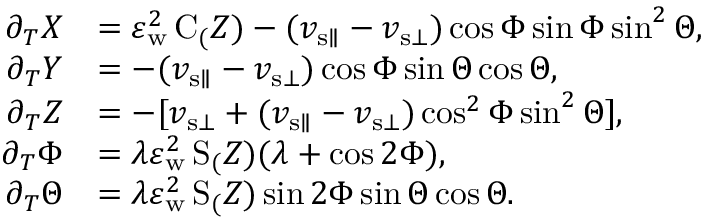
\begin{array} { r l } { \partial _ { T } X } & { = \varepsilon _ { \mathrm { w } } ^ { 2 } \, \mathrm { C } _ ( Z ) - ( v _ { { \mathrm { s } } \parallel } - v _ { { \mathrm { s } } \bot } ) \cos \Phi \sin \Phi \sin ^ { 2 } \Theta , } \\ { \partial _ { T } Y } & { = - ( v _ { { \mathrm { s } } \parallel } - v _ { { \mathrm { s } } \bot } ) \cos \Phi \sin \Theta \cos \Theta , } \\ { \partial _ { T } Z } & { = - [ v _ { { \mathrm { s } } \bot } + ( v _ { { \mathrm { s } } \parallel } - v _ { { \mathrm { s } } \bot } ) \cos ^ { 2 } \Phi \sin ^ { 2 } \Theta ] , } \\ { \partial _ { T } \Phi } & { = \lambda \varepsilon _ { \mathrm { w } } ^ { 2 } \, \mathrm { S } _ ( Z ) ( \lambda + \cos 2 \Phi ) , } \\ { \partial _ { T } \Theta } & { = \lambda \varepsilon _ { \mathrm { w } } ^ { 2 } \, \mathrm { S } _ ( Z ) \sin 2 \Phi \sin \Theta \cos \Theta . } \end{array}